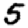
Digit: 5